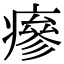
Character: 瘮